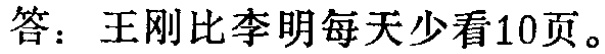
答：王刚比李明每天少看10页。